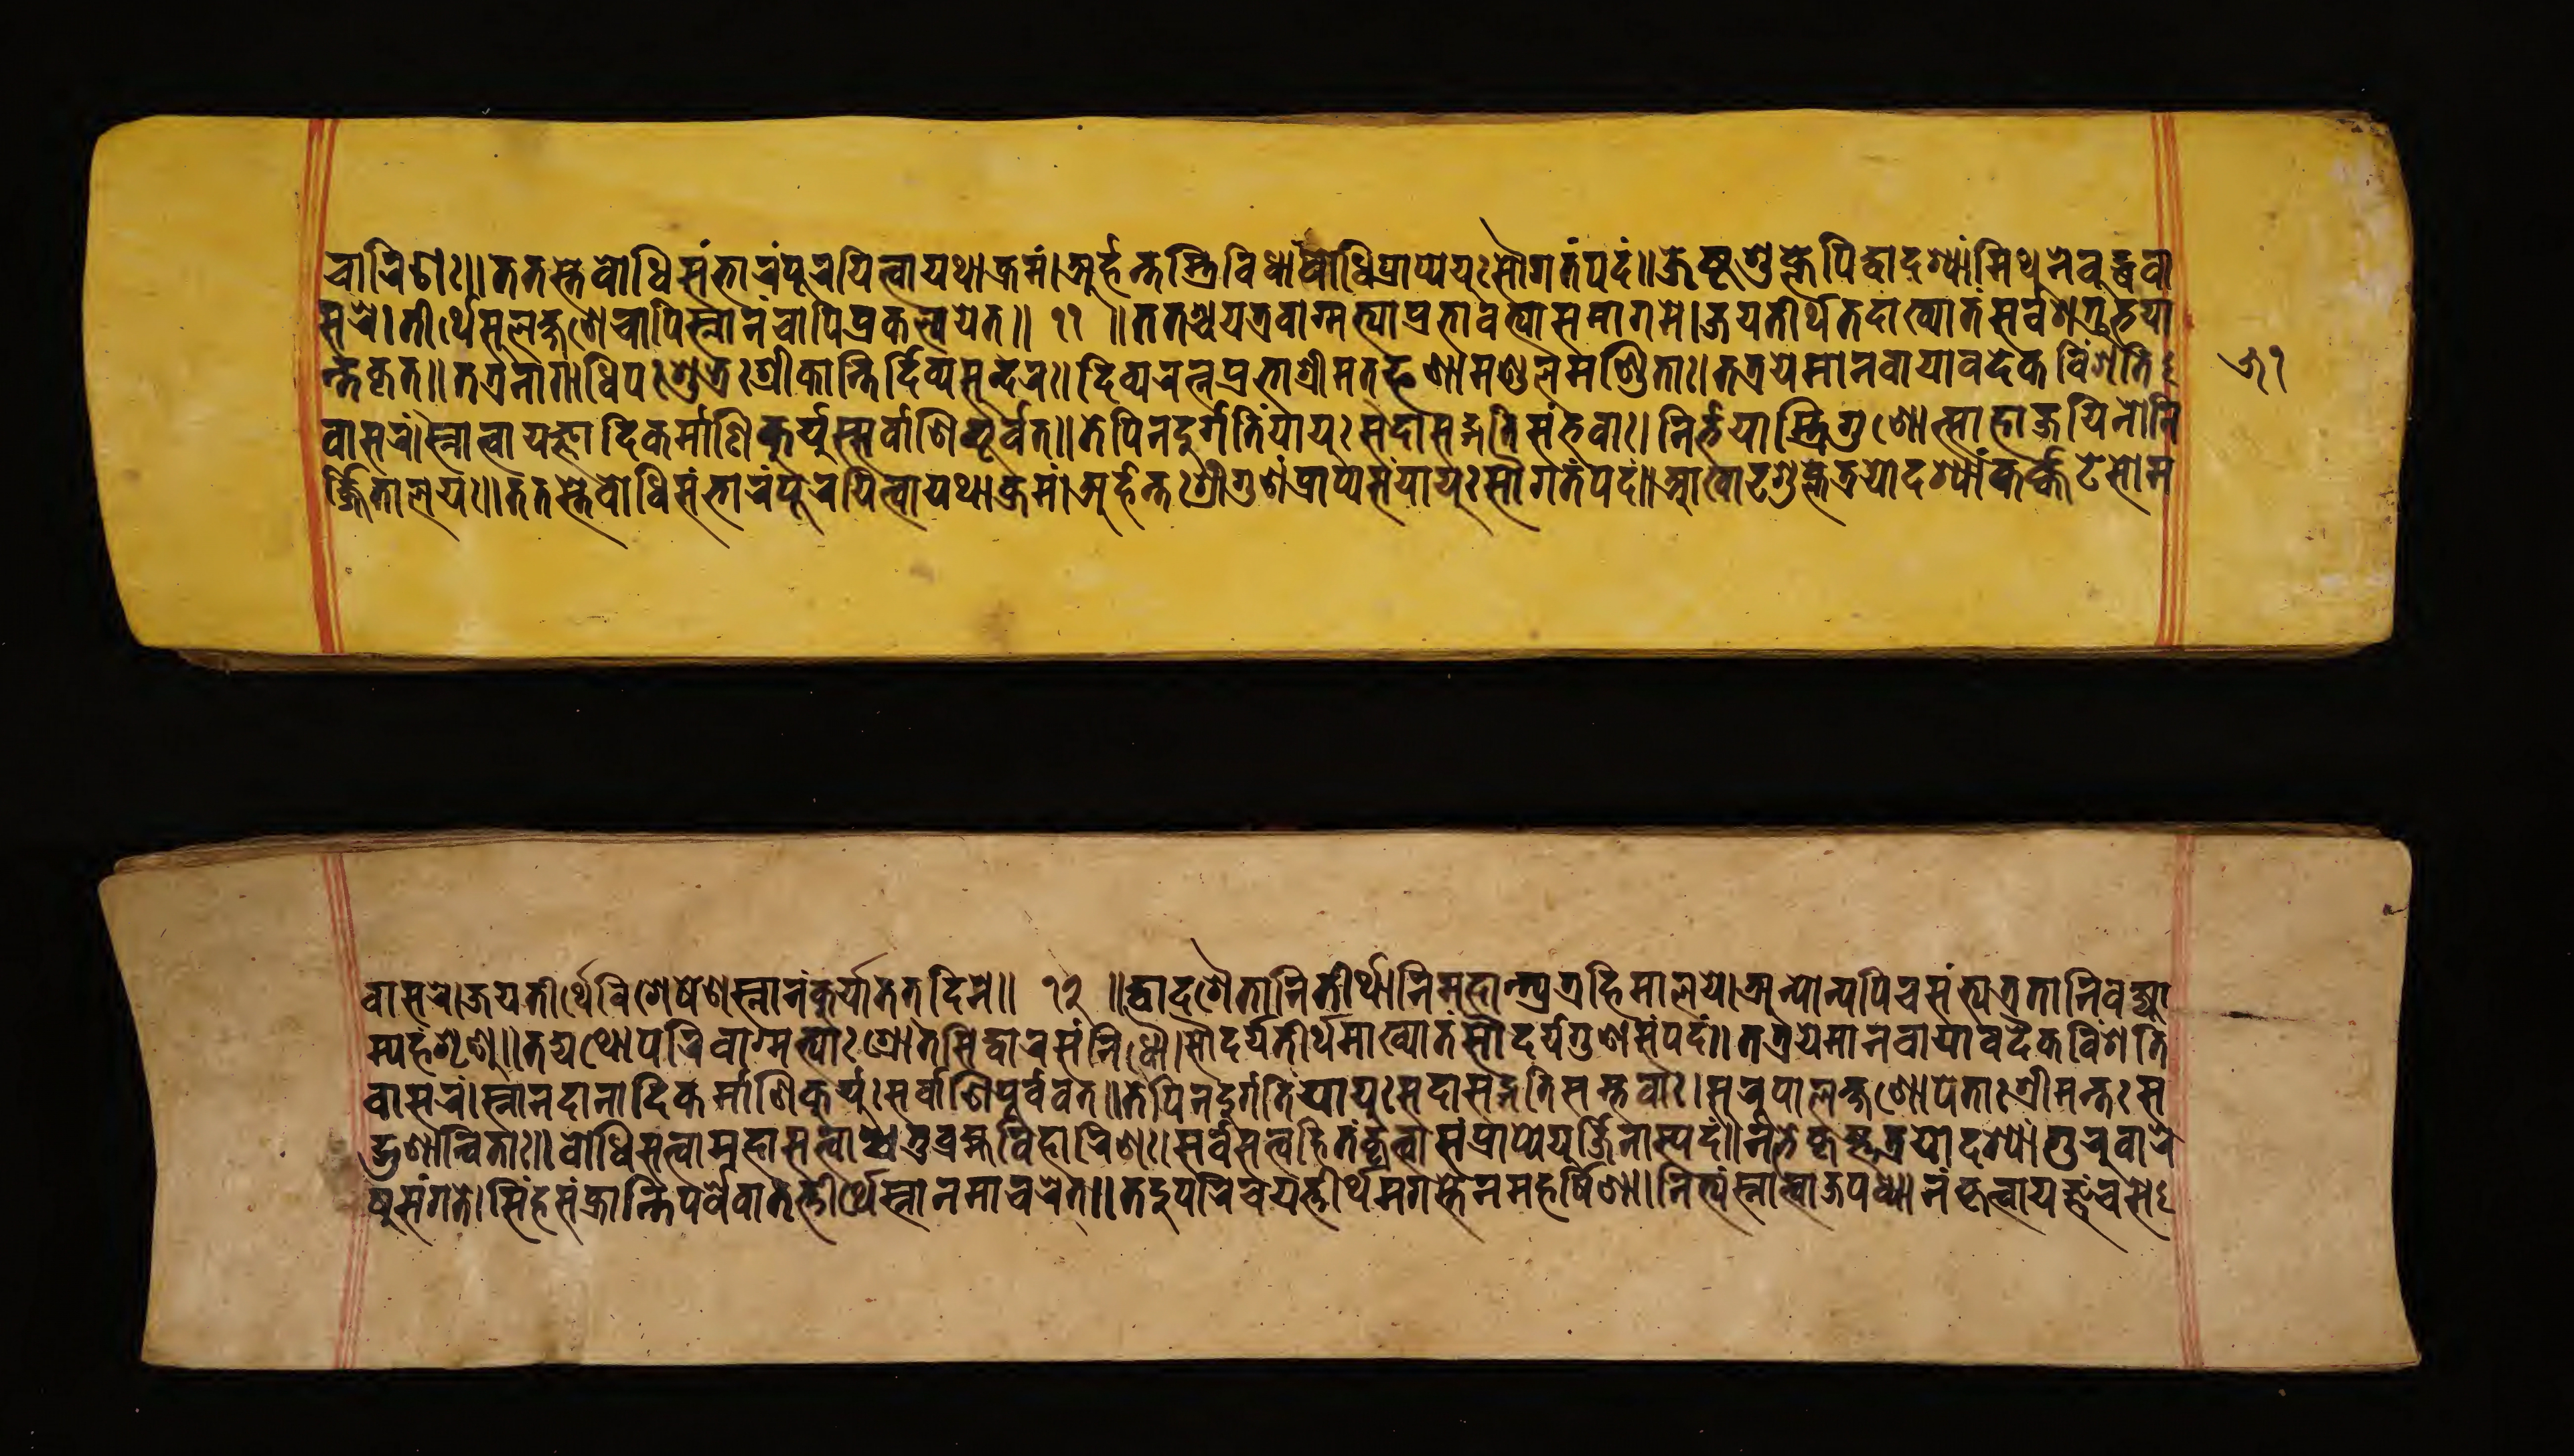
𑐔𑐵𑐬𑐶𑐞𑑅॥𑐟𑐟𑐳𑑂𑐟𑐾𑐧𑑀𑐢𑐶𑐳𑑄𑐨𑐵𑐬𑑄𑐥𑐹𑐬𑐫𑐶𑐟𑑂𑐰𑐵𑐫𑐠𑐵𑐎𑑂𑐬𑐩𑑄।𑐀𑐬𑑂𑐴𑐣𑑂𑐟𑐟𑑂𑐬𑐶𑐰𑐶𑐢𑐵𑑄𑐧𑑀𑐢𑐶𑐥𑑂𑐬𑐵𑐥𑑂𑐫𑐾𑐫𑐸𑑅𑐳𑑁𑐐𑐟𑑄𑐥𑐡𑑄॥𑐖𑐾𑐲𑑂𑐚𑐱𑐸𑐎𑑂𑐟𑐾𑐥𑐶𑐡𑑂𑐰𑐵𑐡𑐱𑑂𑐫𑐵𑑄𑐩𑐶𑐠𑐣𑐾𑐧𑐸𑐡𑑂𑐢𑐰𑐵 𑐳𑐬𑐾।𑐟𑐷𑐬𑑂𑐠𑐾𑐳𑐮𑐡𑑂𑐖𑐞𑐾𑐔𑐵𑐥𑐶𑐳𑑂𑐣𑐵𑐣𑐔𑐵𑐥𑐶𑐥𑑂𑐬𑐎𑐮𑑂𑐥𑐫𑐾𑐟𑑂॥ 𑑑𑑑 ॥𑐟𑐟𑐱𑑂𑐔𑐫𑐟𑑂𑐬𑐰𑐵𑐐𑑂𑐩𑐟𑑂𑐫𑐵𑐥𑑂𑐬𑐨𑐵𑐩𑐟𑑂𑐫𑐵𑐳𑐩𑐵𑐐𑐩𑐾।𑐖𑐫𑐟𑐷𑐬𑑂𑐠𑐳𑐩𑐵𑐏𑑂𑐫𑐵𑐟𑑄𑐳𑐬𑑂𑐰𑐱𑐟𑑂𑐬𑐸𑐨𑐫𑐵 𑐣𑑂𑐟𑐎𑐺𑐟𑑂॥𑐟𑐟𑑂𑐬𑐣𑐵𑐐𑐵𑐢𑐶𑐥𑑅𑐱𑐸𑐎𑑂𑐬𑑅𑐱𑑂𑐬𑐷𑐎𑐵𑐣𑑂𑐟𑐶𑐡𑐶𑐰𑑂𑐫𑐳𑐸𑐣𑑂𑐡𑐬𑑅।𑐡𑐶𑐰𑑂𑐫𑐬𑐟𑑂𑐣𑐥𑑂𑐬𑐨𑐵𑐱𑑂𑐬𑐷𑐩𑐟𑑂𑐦𑐞𑐵𑐩𑐞𑑂𑐜𑐮𑐩𑐞𑑂𑐜𑐶𑐟𑑅।𑐟𑐟𑑂𑐬𑐫𑐾𑐩𑐵𑐣𑐰𑐵𑐫𑐵𑐰𑐡𑐾𑐎𑐰𑐶𑑄𑐱𑐟𑐶 𑐰𑐵𑐳𑐬𑑄।𑐳𑑂𑐣𑐵𑐟𑑂𑐰𑐵𑐫𑐖𑑂𑐘𑐵𑐡𑐶𑐎𑐬𑑂𑐩𑑂𑐩𑐵𑐞𑐶𑐎𑐸𑐬𑑂𑐫𑐸𑑅𑐳𑐬𑑂𑐰𑐵𑐞𑐶𑐥𑐹𑐬𑑂𑐰𑐰𑐟𑑂॥𑐟𑐾𑐥𑐶𑐣𑐡𑐸𑐬𑑂𑐐𑑂𑐐𑐟𑐷𑑄𑐫𑐵𑐫𑐸𑑅𑐳𑐡𑐵𑐳𑐡𑑂𑐐𑐟𑐶𑐳𑑄𑐨𑐰𑐵𑑅।𑐣𑐶𑐬𑑂𑐨𑐫𑐵𑐳𑑂𑐟𑑂𑐬𑐶𑐐𑐸𑐞𑑀𑐟𑑂𑐳𑐵𑐴𑐵𑐖𑐫𑐶𑐣𑑀𑐣𑐶 𑐬𑑂𑐖𑐶𑐟𑐵𑐮𑐫𑑅॥𑐟𑐟𑐳𑑂𑐟𑐾𑐧𑑀𑐢𑐶𑐳𑑄𑐨𑐵𑐬𑑄𑐥𑐹𑐬𑐫𑐶𑐟𑑂𑐰𑐵𑐫𑐠𑐵𑐎𑑂𑐬𑐩𑑄।𑐀𑐬𑑂𑐴𑐣𑑂𑐟𑐳𑑂𑐟𑑂𑐬𑐶𑐰𑐶𑐢𑐵𑑄𑐧𑑀𑐢𑐶𑐥𑑂𑐬𑐵𑐥𑑂𑐫𑐾𑐫𑐸𑑅𑐳𑑁𑐐𑐟𑐥𑐡𑑄॥𑐁𑐏𑐵𑐜𑐐𑐸𑐥𑑂𑐟𑐐𑑂𑐬𑐫𑑀𑐡𑐱𑑂𑐫𑐵𑑄𑐎𑐬𑑂𑐎𑑂𑐟𑐜𑐾𑐳𑑀𑐩 𑐰𑐵𑐳𑐬𑐾।𑐖𑐫𑐟𑐷𑐬𑑂𑐠𑐾𑐰𑐶𑐱𑐾𑐲𑐾𑐱𑐳𑑂𑐣𑐵𑐣𑑄𑐎𑐹𑐬𑑂𑐫𑐵𑐟𑐟𑐡𑐶𑐣𑐾॥ 𑑑𑑒 ॥𑐡𑑂𑐰𑐵𑐡𑐱𑐿𑐟𑐵𑐣𑐶𑐣𑐵𑐩𑐵𑐣𑐶𑐟𑐷𑐬𑑂𑐠𑐵𑐣𑐶𑐩𑐴𑐵𑐣𑑂𑐟𑑂𑐫𑐟𑑂𑐬𑐴𑐶𑐩𑐵𑐮𑐫𑐾।𑐀𑐣𑑂𑐫𑐵𑐣𑑂𑐫𑐥𑐶𑐔𑐳𑑄𑐟𑑂𑐫𑐟𑑂𑐬𑐟𑐵𑐣𑐶𑐰𑐎𑑂𑐲𑑂𑐫𑐵 𑐩𑑂𑐫𑐴𑑄𑐱𑐺𑐞𑐸॥𑐟𑐡𑑂𑐫𑐠𑑀𑐥𑐬𑐶𑐰𑐵𑐐𑑂𑐩𑐟𑑂𑐫𑐵𑑅𑐱𑑂𑐬𑑀𑐟𑐳𑐶𑐡𑑂𑐢𑐵𑐬𑐳𑑄𑐣𑐶𑐢𑑁।𑐳𑑁𑐣𑑂𑐡𑐬𑑂𑐫𑐟𑐷𑐬𑑂𑐠𑐩𑐵𑐏𑑂𑐫𑐵𑐟𑑄𑐳𑑁𑐣𑑂𑐡𑐬𑑂𑐫𑐐𑐸𑐞𑐳𑑄𑐥𑐡𑑄॥𑐟𑐟𑑂𑐬𑐫𑐾𑐩𑐵𑐣𑐰𑐵𑐫𑐵𑐰𑐡𑐾𑐎𑐰𑐶𑑄𑐱𑐟𑐶 𑐰𑐵𑐳𑐬𑑄।𑐳𑑂𑐣𑐵𑐣𑐡𑐵𑐣𑐵𑐣𑐶𑐎𑐬𑑂𑐩𑑂𑐩𑐵𑐞𑐶𑐎𑐸𑐬𑑂𑐫𑐸𑑅𑐳𑐬𑑂𑐰𑐵𑐞𑐶𑐥𑐹𑐬𑑂𑐰𑐰𑐟𑑂॥𑐟𑐾𑐥𑐶𑐣𑐡𑐸𑐬𑑂𑐐𑑂𑐐𑐟𑐶𑑄𑐫𑐵𑐫𑐸𑑅𑐳𑐡𑐵𑐳𑐡𑑂𑐐𑐟𑐶𑐳𑑄𑐨𑐰𑐵𑑅।𑐳𑐸𑐬𑐹𑐥𑐵𑐮𑐎𑑂𑐲𑐞𑑀𑐥𑐾𑐟𑐵𑑅𑐱𑑂𑐬𑐷𑐩𑐣𑑂𑐟𑐳 𑐡𑑂𑐐𑐸𑐞𑐵𑐣𑑂𑐰𑐶𑐟𑐵𑑅॥𑐧𑑀𑐢𑐶𑐳𑐟𑑂𑐟𑑂𑐰𑐵𑐩𑐴𑐵𑐳𑐟𑑂𑐟𑑂𑐰𑐵𑐔𑐟𑐸𑐬𑑂𑐧𑑂𑐬𑐴𑑂𑐩𑐰𑐶𑐴𑐵𑐬𑐶𑐞𑑅।𑐳𑐬𑑂𑐰𑐳𑐟𑑂𑐟𑑂𑐰𑐴𑐶𑐟𑐵𑑄𑐎𑐺𑐟𑑂𑐰𑐵𑐳𑑄𑐥𑑂𑐬𑐵𑐥𑑂𑐫𑐾𑐫𑐸𑐬𑑂𑐖𑐶𑐣𑐵𑐳𑑂𑐫𑐡𑑄॥𑐣𑐬𑑂𑐨𑐎𑐺𑐟𑑂𑐬𑐫𑑀𑐡𑐱𑑂𑐫𑐵𑑄𑐐𑐸𑐬𑐸𑐰𑐵𑐬𑐾 𑐲𑐸𑐳𑑄𑐐𑐟𑐾।𑐳𑐶𑑄𑐴𑐳𑑄𑐎𑑂𑐬𑐣𑑂𑐟𑐶𑐥𑐬𑑂𑐰𑐾𑐰𑐵𑐟𑐟𑑂𑐟𑐷𑐬𑑂𑐠𑐾𑐳𑑂𑐣𑐵𑐣𑐩𑐵𑐔𑐬𑐾𑐟𑑂॥𑐟𑐡𑐸𑐥𑐬𑐶𑐔𑐫𑐟𑑂𑐟𑐷𑐬𑑂𑐠𑐀𑐐𑐳𑑂𑐟𑑂𑐫𑑀𑐣𑐩𑐴𑐬𑑂𑐲𑐶𑐞𑐵॥𑐣𑐶𑐟𑑂𑐫𑐳𑑂𑐣𑐵𑐣𑑄𑐖𑐥𑐢𑑂𑐫𑐵𑐣𑑄𑐎𑐺𑐟𑑂𑐰𑐵𑐫𑐖𑑂𑐘𑑄𑐔𑐳𑐾 𑑕𑑑